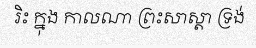
រិះ ក្នុង កាលណា ព្រះសាស្តា ទ្រង់